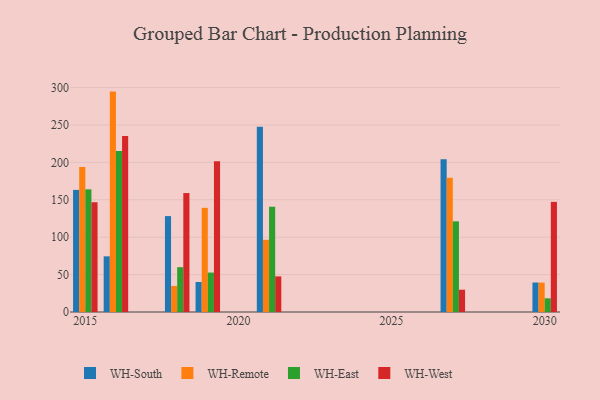
{"axis": {"x": "Year", "y": "Revenue (USD Million)"}, "legend": ["WH-East", "WH-Remote", "WH-South", "WH-West"], "data": [{"x": "2027", "y": 204.1, "type": "WH-South"}, {"x": "2027", "y": 179.5, "type": "WH-Remote"}, {"x": "2027", "y": 121.2, "type": "WH-East"}, {"x": "2027", "y": 29.8, "type": "WH-West"}, {"x": "2018", "y": 128.2, "type": "WH-South"}, {"x": "2018", "y": 34.8, "type": "WH-Remote"}, {"x": "2018", "y": 59.9, "type": "WH-East"}, {"x": "2018", "y": 159.0, "type": "WH-West"}, {"x": "2030", "y": 39.4, "type": "WH-South"}, {"x": "2030", "y": 39.3, "type": "WH-Remote"}, {"x": "2030", "y": 18.3, "type": "WH-East"}, {"x": "2030", "y": 147.2, "type": "WH-West"}, {"x": "2015", "y": 163.2, "type": "WH-South"}, {"x": "2015", "y": 193.9, "type": "WH-Remote"}, {"x": "2015", "y": 164.0, "type": "WH-East"}, {"x": "2015", "y": 146.7, "type": "WH-West"}, {"x": "2021", "y": 247.6, "type": "WH-South"}, {"x": "2021", "y": 96.5, "type": "WH-Remote"}, {"x": "2021", "y": 140.7, "type": "WH-East"}, {"x": "2021", "y": 47.6, "type": "WH-West"}, {"x": "2019", "y": 40.1, "type": "WH-South"}, {"x": "2019", "y": 139.2, "type": "WH-Remote"}, {"x": "2019", "y": 52.7, "type": "WH-East"}, {"x": "2019", "y": 201.4, "type": "WH-West"}, {"x": "2016", "y": 74.4, "type": "WH-South"}, {"x": "2016", "y": 294.6, "type": "WH-Remote"}, {"x": "2016", "y": 215.1, "type": "WH-East"}, {"x": "2016", "y": 235.2, "type": "WH-West"}]}